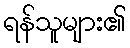
ရန်သူများ၏